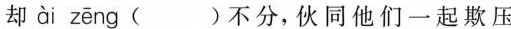
却ài zēng不分，伙同他们一起欺压